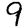
Digit: 9